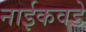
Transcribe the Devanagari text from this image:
नाईकवडे